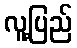
လူ့ပြည်